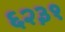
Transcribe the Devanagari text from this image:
६२३१